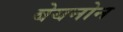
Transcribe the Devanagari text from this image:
बेयनोन